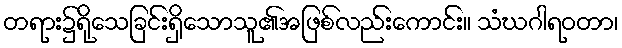
တရား၌ရိုသေခြင်းရှိသောသူ၏အဖြစ်လည်းကောင်း။ သံဃဂါရဝတာ၊